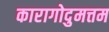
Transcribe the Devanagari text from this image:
कारागोदुमत्तम